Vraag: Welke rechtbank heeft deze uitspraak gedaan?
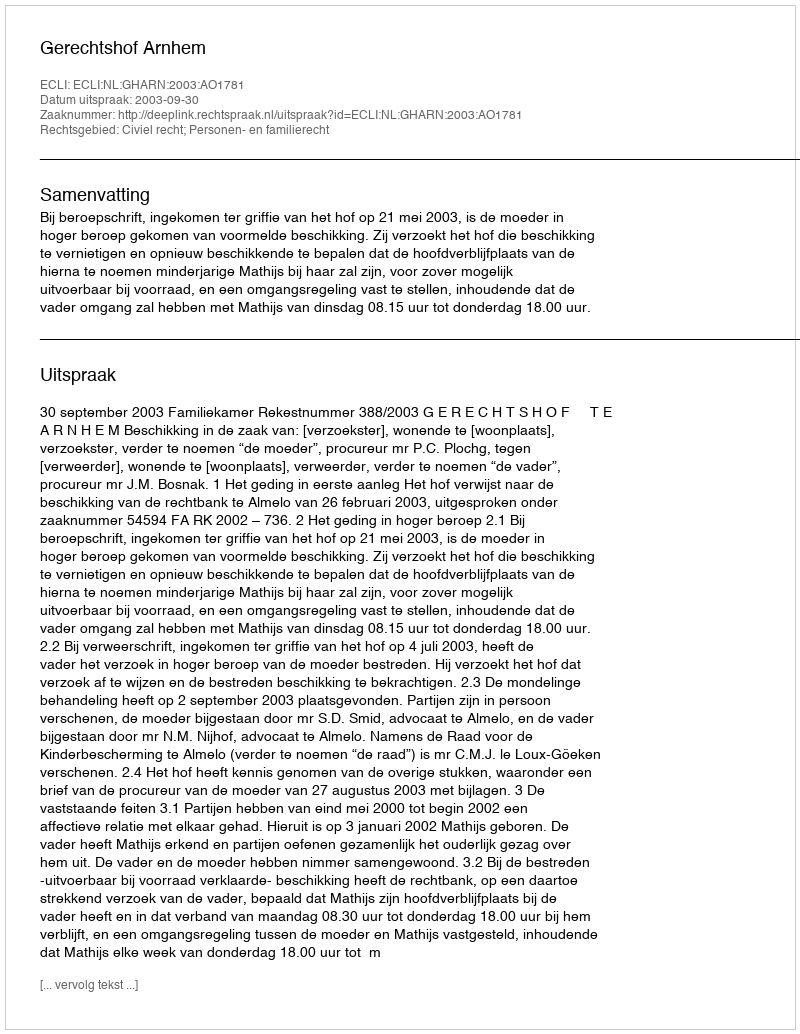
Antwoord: Gerechtshof Arnhem